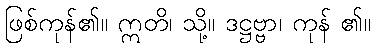
ဖြစ်ကုန်၏။ ဣတိ၊ သို့။ ဒဋ္ဌဗ္ဗာ၊ ကုန် ၏။